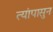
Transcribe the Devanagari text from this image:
त्यांपासुन